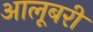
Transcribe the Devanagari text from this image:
आलूबरी